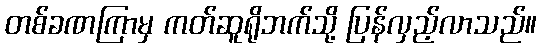
တစ်ခဏကြာမှ ကတ်ဆူရိုဘက်သို့ ပြန်လှည့်လာသည်။